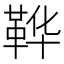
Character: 𫖇